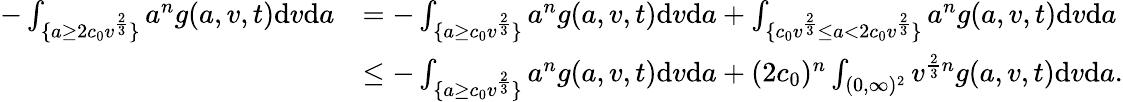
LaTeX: \begin{array}{rl}{-\int_{\{ a\geq 2c_{0}v^{\frac{2}{3}}\} }a^{n}g(a,v,t)\textup{d}v\textup{d}a}&{=-\int_{\{ a\geq c_{0}v^{\frac{2}{3}}\} }a^{n}g(a,v,t)\textup{d}v\textup{d}a+\int_{\{ c_{0}v^{\frac{2}{3}}\leq a<2c_{0}v^{\frac{2}{3}}\} }a^{n}g(a,v,t)\textup{d}v\textup{d}a}\\ &{\leq-\int_{\{ a\geq c_{0}v^{\frac{2}{3}}\} }a^{n}g(a,v,t)\textup{d}v\textup{d}a+(2c_{0})^{n}\int_{(0,\infty)^{2}}v^{\frac{2}{3}n}g(a,v,t)\textup{d}v\textup{d}a.}\end{array}